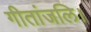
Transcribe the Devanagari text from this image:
गीतांजलि।